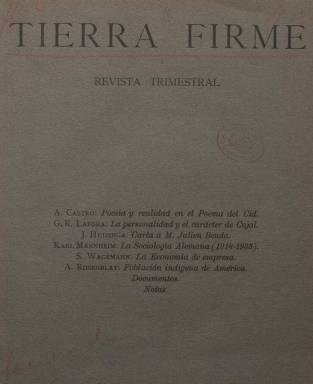
Título: Tierra firme (Madrid)
Colección: Historia
Ámbito geográfico: Madrid
Lugar de publicación: Madrid
Fechas: 01/01/1935-31/12/1936

Revista trimestral cultural de calidad que pretendía ser un puente entre España y la América hispana y en la que colaboraron en sus dos años de existencia un buen plantel de filólogos, historiadores y humanistas en general. Como con tantos otros proyectos culturales españoles de esos años, la Guerra Civil acabó con esta publicación cuyo último número, aunque fechado en 1936, fue impreso en 1937.

  Editada por el Centro de Estudios Históricos e impulsada por Américo Castro, quien escribió el primer artículo de su primer número, “Poesía y realidad en el Poema del Cid”, su dirección corrió a cargo de otro intelectual, Enrique Diez Canedo, poeta y crítico literario que fue embajador en Argentina y Uruguay.

   “Queremos sustituir la retórica y divagación con que se han tratado los más vitales temas hispánicos por el dato exacto y la comprensión más severa”, proclama la revista declarando así su propósito científico. Prueba de ello es el artículo en ese primer número de Ángel Rosenblat sobre el desarrollo de la población indígena en América, donde se aborda este asunto con rigor y haciendo uso de estadísticas.

  Cada uno de los años contiene un índice muy útil de autores por orden alfabético y el título de su correspondiente colaboración o colaboraciones. En el caso del año 1935, el índice se encuentra al inicio  del número uno de 1936. Y al  final de índice del último número de 1936, con el epígrafe de Testimonios, se pueden leer los trabajos de varios autores sobre “Un año de labor cultural de la República Española (Julio 1936-Julio 1937)”, entre ellos los de Tomás Navarro Tomás, Rodríguez Moñino y María Zambrano.

  La publicación apenas tenía ilustraciones, lo que no la hacía muy atractiva para el gran público, y sólo contaba con anuncios de otras revistas culturales como la Revista de Filología Española, que dirigía Ramón Menéndez Pidal, o Cruz y Raya, cuyo director era José Bergamín.

  En 2008 y debido al interés de la revista Tierra firme para la historia del pensamiento y la cultura española e hispanoamericana, el Consejo Superior de Investigaciones Científicas realizó una edición facsímil de mil ejemplares de todos los números de la revista con un estudio introductorio.

[Descripción publicada el 7/2/2020]